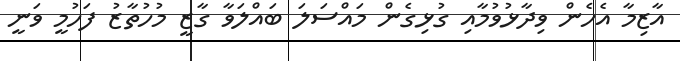
އާޒިމާ އެހެން ވިދާޅުވުމާއި ގުޅިގެން މައްސަލަ ބައްލަވާ ގާޒީ މުހުތާޒު ފަހުމީ ވަނީ